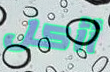
أأكل